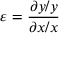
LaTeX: \varepsilon = { \frac { \partial y / y } { \partial x / x } }